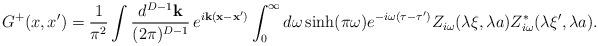
LaTeX: \begin{align*}G^{+}(x,x')= \frac{1}{\pi ^2}\int \frac{d^{D-1}{\mathbf k}}{(2\pi )^{D-1}}\,e^{i{\mathbf k}({\mathbf x}-{\mathbf x'})}\int_{0}^{\infty }d\omega \sinh (\pi\omega ) e^{-i\omega (\tau -\tau ')}Z_{i\omega }(\lambda \xi ,\lambda a)Z_{i\omega }^{*}(\lambda \xi ',\lambda a) . \end{align*}